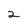
Character: 2